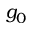
g _ { 0 }